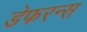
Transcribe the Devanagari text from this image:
डेफरन्स